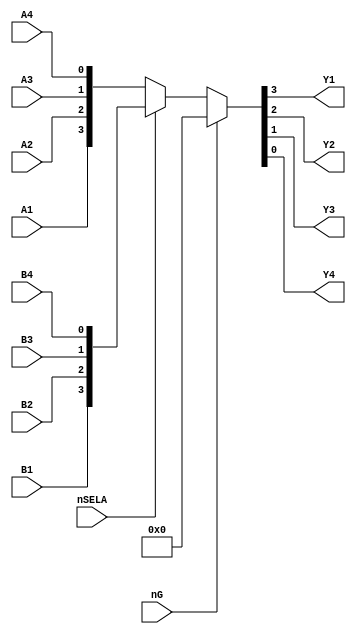
`timescale 1ns / 1ps
//////////////////////////////////////////////////////////////////////////////////
// Company: 
// 
// Design Name:    LS157
// Module Name:    system86\src\custom\ls157.v
// Project Name:   Namco System86 simulation
// Target Devices: 
// Tool versions: 
// Description:    LS157 - Quad 2-Input Multiplexer
//
// Dependencies: 
//
// Revision: 
// Revision 0.01 - File Created
// Additional Comments: 
// License:        https://www.apache.org/licenses/LICENSE-2.0
//
//////////////////////////////////////////////////////////////////////////////////
module ls157(
        input wire nG,
        input wire nSELA,
        input wire A1,
		  input wire A2,
		  input wire A3,
		  input wire A4,
        input wire B1,
        input wire B2,
        input wire B3,
        input wire B4,
        output wire Y1,
		  output wire Y2,
		  output wire Y3,
		  output wire Y4
    );

	assign { Y1, Y2, Y3, Y4 } = nG ? 4'b0 : (nSELA ? { B1, B2, B3, B4 } : { A1, A2, A3, A4 } );

endmodule